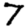
Digit: 7